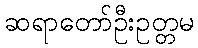
ဆရာတော်ဦးဥတ္တမ